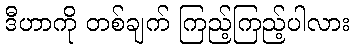
ဒီဟာကို တစ်ချက် ကြည့်ကြည့်ပါလား